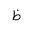
Letter: _za